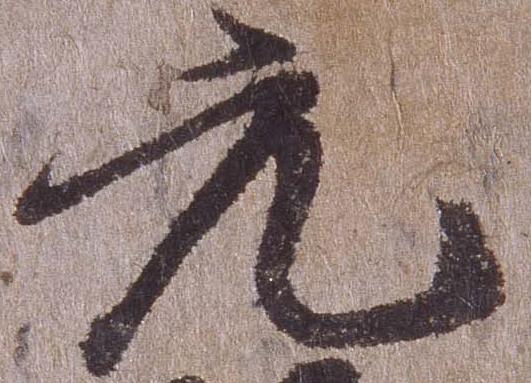
元